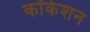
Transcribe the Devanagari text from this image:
कॉकेशन